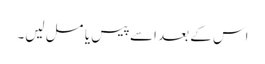
اس کے بعد اسے پیس یا مسل لیں۔